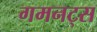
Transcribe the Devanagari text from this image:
गमनट्स